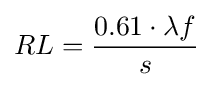
RL={\frac {0.61\cdot \lambda f}{s}}